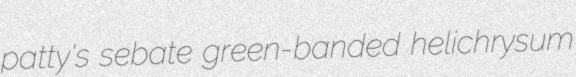
patty's sebate green-banded helichrysum